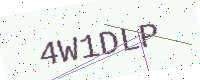
Text: 4W1DLP